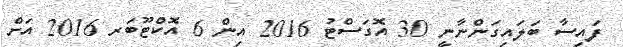
ފައިސާ ބަލައިގަންނާނީ 30 އޮގަސްޓު 2016 އިން 6 އޮކްޓޫބަރ 2016 އަށް